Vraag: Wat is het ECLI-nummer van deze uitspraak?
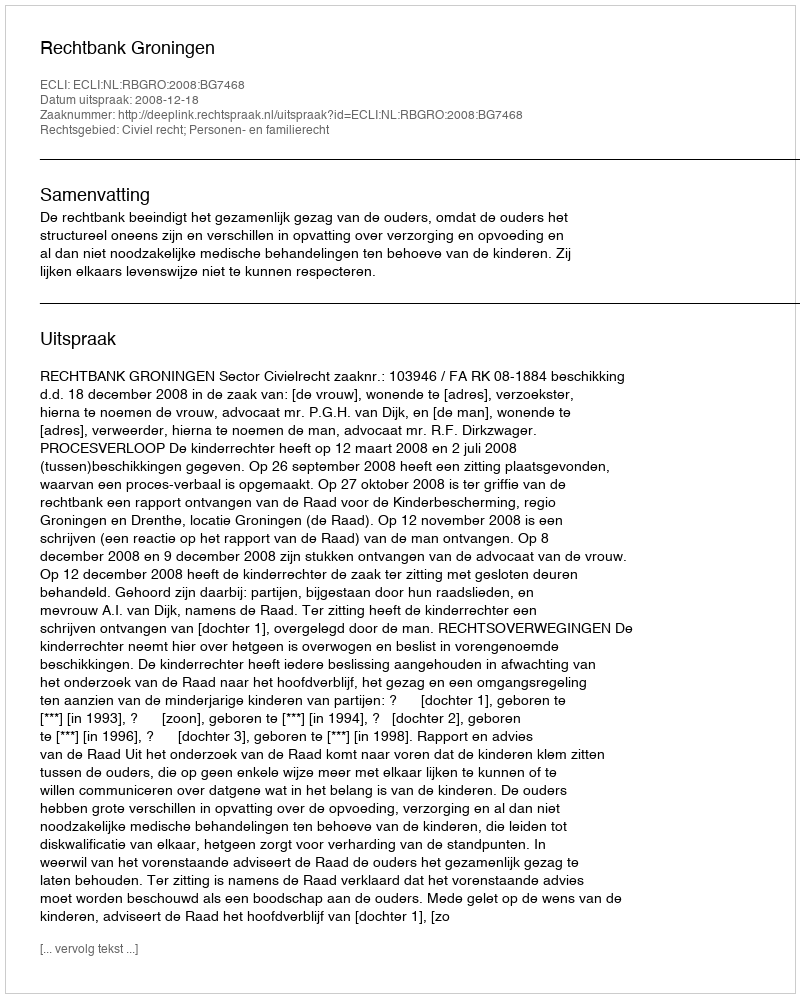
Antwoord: ECLI:NL:RBGRO:2008:BG7468